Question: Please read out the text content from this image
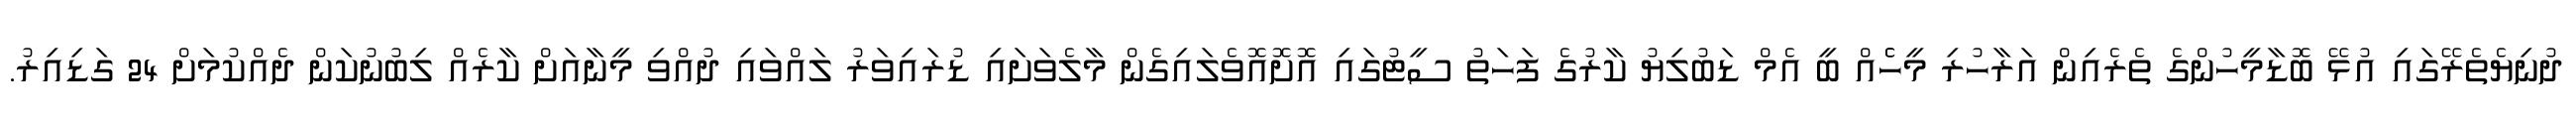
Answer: ދުނިޔެތެރޭގައި އުޅޭ ބޮޑާމީހުންގެ ތެރެއިން އަރާހުރި މީހެެއް ބީ އެމް ޑަބުލިޔު ކާރުގެ ފަހަތު ސީޓުގައި އޮށޮއޮވެލައިގެން މާލެވަށައި ޑުރައިވަރު ލައްވައި ދުއްވި މީނާއަށް ކާރެއް ލިބުނުކަން ދެއްކުމަށް 24 ގަޑިއިރު.